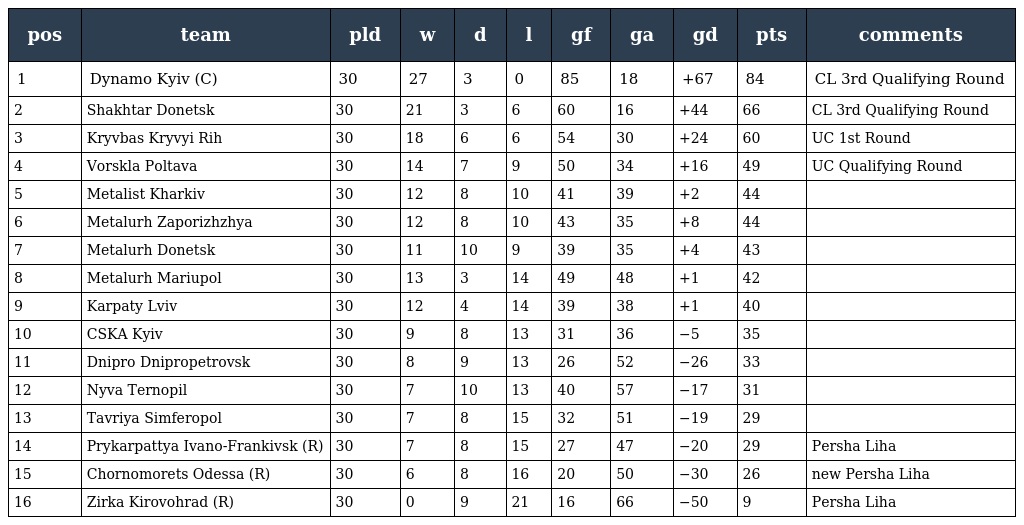
| pos | team | pld | w | d | l | gf | ga | gd | pts | comments |
 | --- | --- | --- | --- | --- | --- | --- | --- | --- | --- | --- |
 | 1 | Dynamo Kyiv (C) | 30 | 27 | 3 | 0 | 85 | 18 | +67 | 84 | CL 3rd Qualifying Round |
 | 2 | Shakhtar Donetsk | 30 | 21 | 3 | 6 | 60 | 16 | +44 | 66 | CL 3rd Qualifying Round |
 | 3 | Kryvbas Kryvyi Rih | 30 | 18 | 6 | 6 | 54 | 30 | +24 | 60 | UC 1st Round |
 | 4 | Vorskla Poltava | 30 | 14 | 7 | 9 | 50 | 34 | +16 | 49 | UC Qualifying Round |
 | 5 | Metalist Kharkiv | 30 | 12 | 8 | 10 | 41 | 39 | +2 | 44 |  |
 | 6 | Metalurh Zaporizhzhya | 30 | 12 | 8 | 10 | 43 | 35 | +8 | 44 |  |
 | 7 | Metalurh Donetsk | 30 | 11 | 10 | 9 | 39 | 35 | +4 | 43 |  |
 | 8 | Metalurh Mariupol | 30 | 13 | 3 | 14 | 49 | 48 | +1 | 42 |  |
 | 9 | Karpaty Lviv | 30 | 12 | 4 | 14 | 39 | 38 | +1 | 40 |  |
 | 10 | CSKA Kyiv | 30 | 9 | 8 | 13 | 31 | 36 | −5 | 35 |  |
 | 11 | Dnipro Dnipropetrovsk | 30 | 8 | 9 | 13 | 26 | 52 | −26 | 33 |  |
 | 12 | Nyva Ternopil | 30 | 7 | 10 | 13 | 40 | 57 | −17 | 31 |  |
 | 13 | Tavriya Simferopol | 30 | 7 | 8 | 15 | 32 | 51 | −19 | 29 |  |
 | 14 | Prykarpattya Ivano-Frankivsk (R) | 30 | 7 | 8 | 15 | 27 | 47 | −20 | 29 | Persha Liha |
 | 15 | Chornomorets Odessa (R) | 30 | 6 | 8 | 16 | 20 | 50 | −30 | 26 | new Persha Liha |
 | 16 | Zirka Kirovohrad (R) | 30 | 0 | 9 | 21 | 16 | 66 | −50 | 9 | Persha Liha |